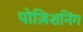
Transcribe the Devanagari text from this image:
पोज़िशनिंग